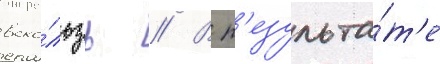
вско́льзь // В р'езульта́т'е